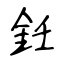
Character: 鈓